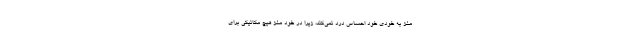
مغز به خودی خود احساس درد نمی‌کند، زیرا در خود مغز هیچ مکانیکی برای